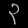
Digit: ၃